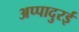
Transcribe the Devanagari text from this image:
अप्पादुरई